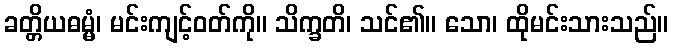
ခတ္တိယဓမ္မံ၊ မင်းကျင့်ဝတ်ကို။ သိက္ခတိ၊ သင်၏။ သော၊ ထိုမင်းသားသည်။